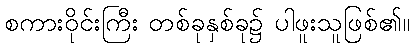
စကားဝိုင်းကြီး တစ်ခုနှစ်ခု၌ ပါဖူးသူဖြစ်၏။